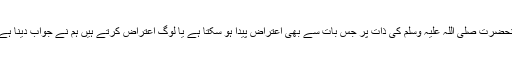
آنحضرت صلی اللہ علیہ وسلم کی ذات پر جس بات سے بھی اعتراض پیدا ہو سکتا ہے یا لوگ اعتراض کرتے ہیں ہم نے جواب دینا ہے۔